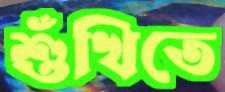
শুঁখিতে